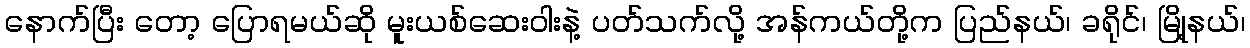
နောက်ပြီး တော့ ပြောရမယ်ဆို မူးယစ်ဆေးဝါးနဲ့ ပတ်သက်လို့ အန်ကယ်တို့က ပြည်နယ်၊ ခရိုင်၊ မြို့နယ်၊